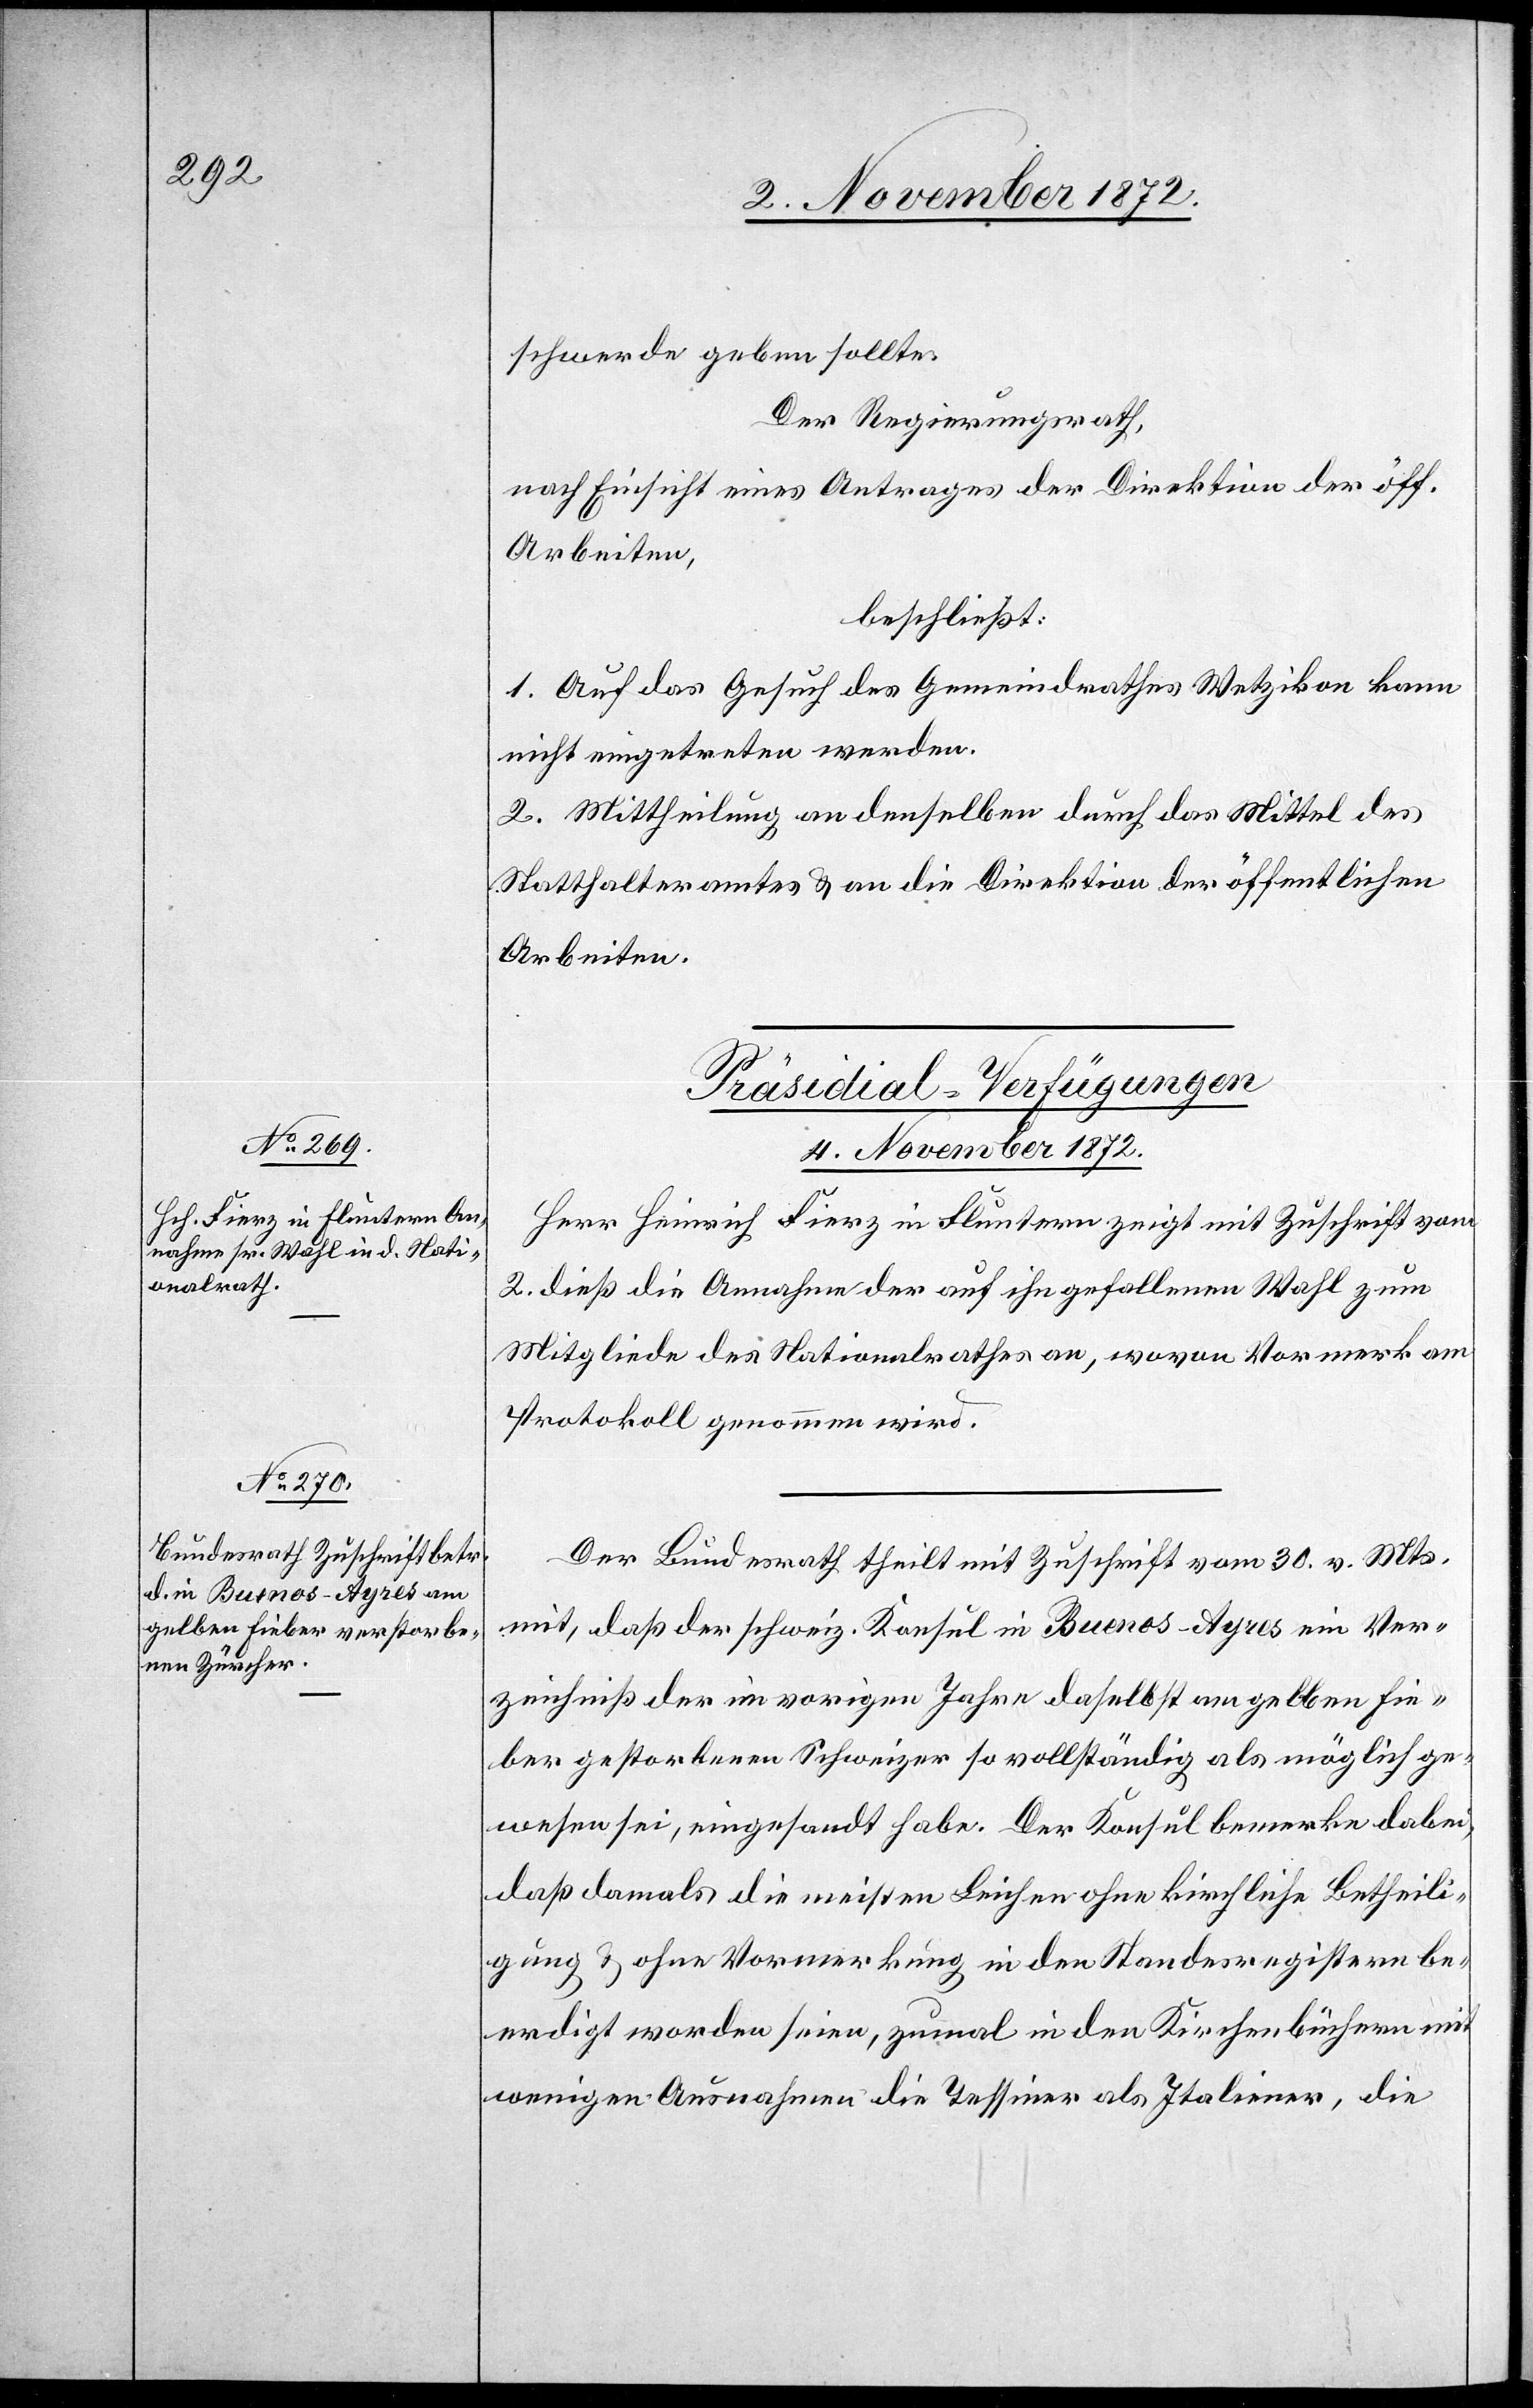
schwerde geben sollte.
Der Regierungsrath,
nach Einsicht eines Antrages der Direktion der öff.
Arbeiten,
beschließt:
1. Auf das Gesuch des Gemeindrathes Wetzikon kann
nicht eingetreten werden.
2. Mittheilung an denselben durch das Mittel des
Statthalteramtes u. an die Direktion der öffentlichen
Arbeiten.
[Präsidial-Verfügungen
4. November 1872.]
Herr Heinrich Fierz in Fluntern zeigt mit Zuschrift vom
2. dieß die Annahme der auf ihn gefallenen Wahl zum
Mitgliede des Nationalrathes an, wovon Vormerk am
Protokoll genommen wird.
Der Bundesrath theilt mit Zuschrift vom 30. v. Mts.
mit, daß der schweiz. Konsul in Buenos-Ayres ein Ver¬
zeichniß der im vorigen Jahre daselbst am gelben Fie¬
ber gestorbenen Schweizer so vollständig als möglich ge¬
wesen sei, eingesandt habe. Der Konsul bemerke dabei,
daß damals die meisten Leichen ohne kirchliche Betheili¬
gung u. ohne Vormerkung in den Standesregistern be¬
erdigt worden seien, zumal in den Kirchenbüchern mit
wenigen Ausnahmen die Tessiner als Italiener, die